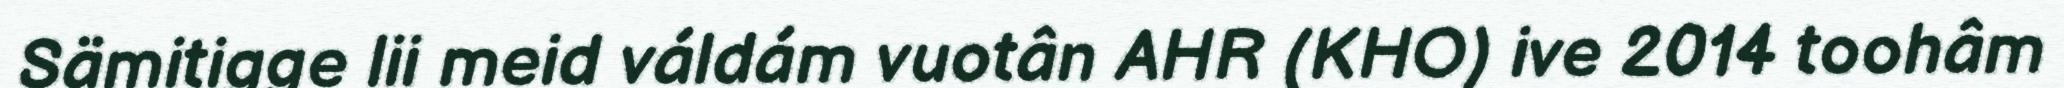
Sämitigge lii meid váldám vuotân AHR (KHO) ive 2014 toohâm